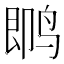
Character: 𱉼